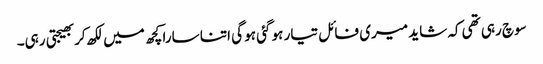
سوچ رہی تھی کہ شاید میری فائل تیار ہو گئی ہو گی اتنا سارا کچھ میں لکھ کربھیجتی رہی۔